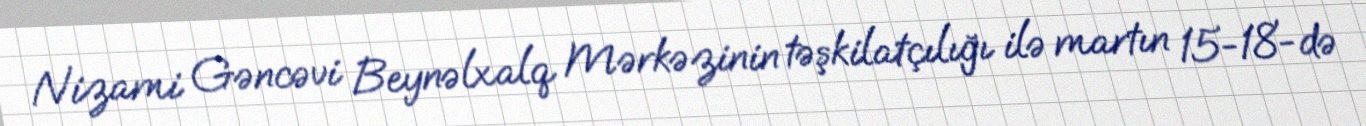
Nizami Gəncəvi Beynəlxalq Mərkəzinin təşkilatçılığı ilə martın 15-18-də